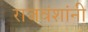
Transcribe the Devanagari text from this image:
राजवंशांनी